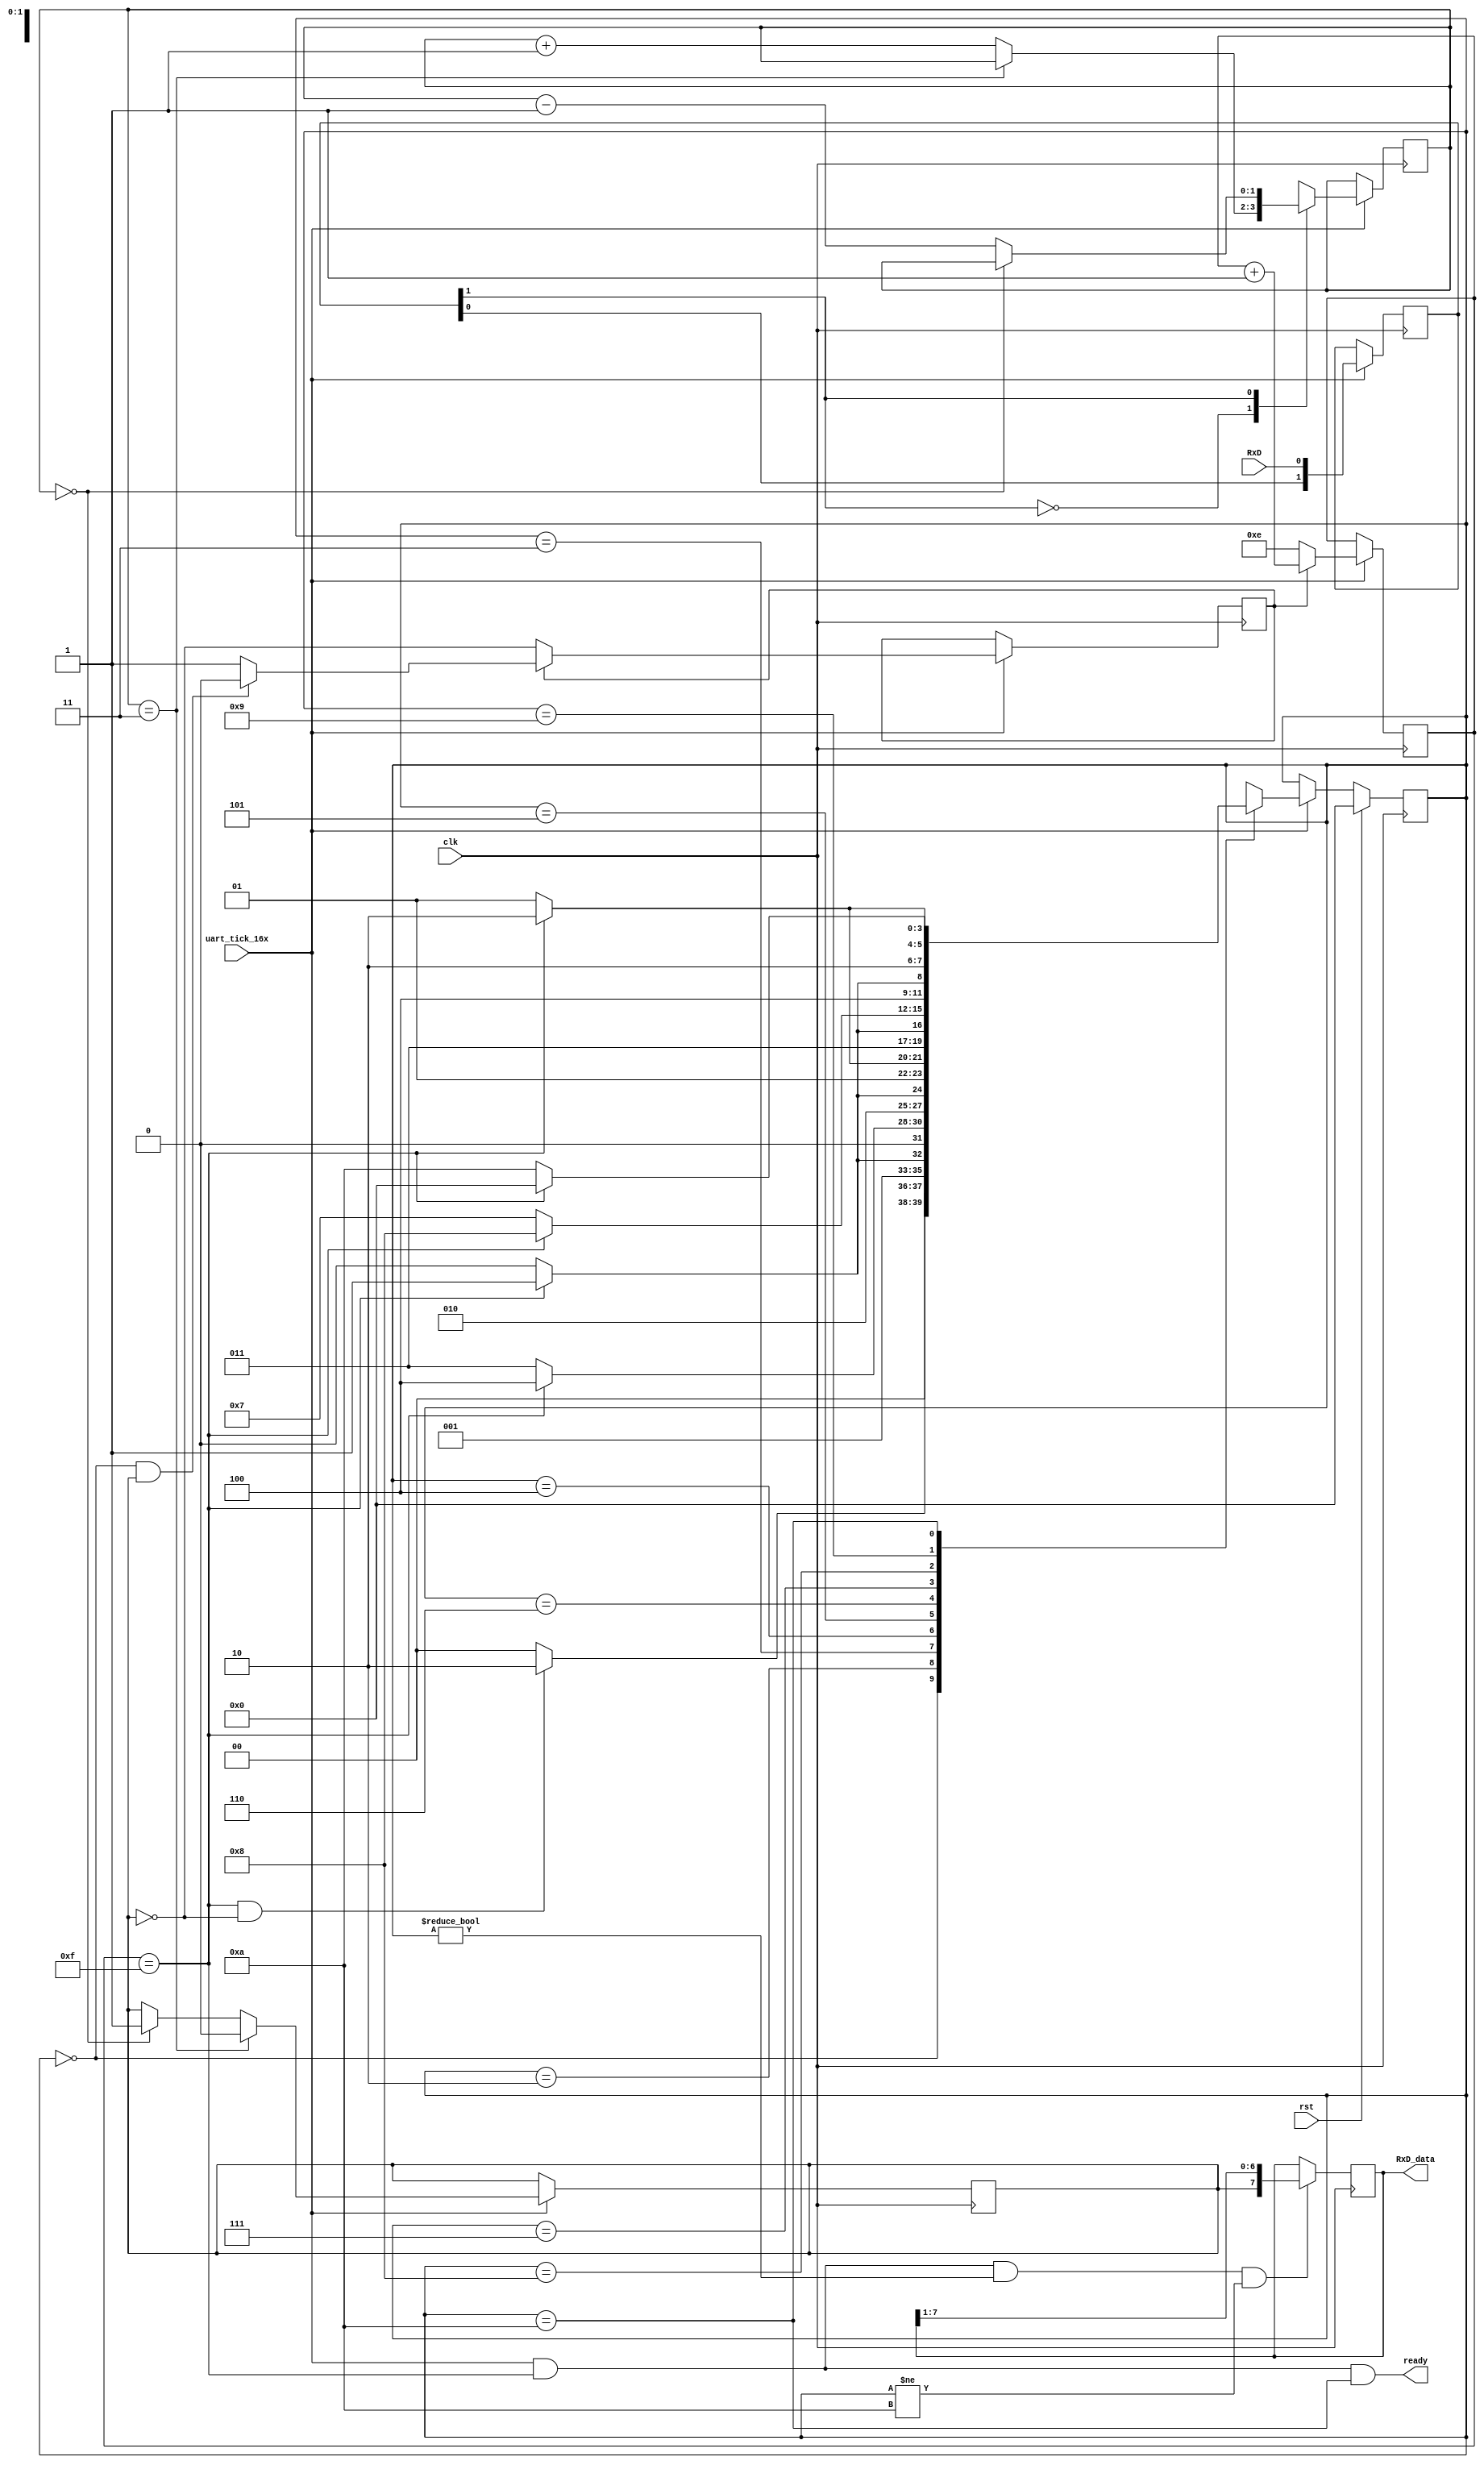
module uart_rx_10(
    input             clk,
    input             rst,
    input             RxD,              
    input             uart_tick_16x,    
    output reg [7:0]  RxD_data = 0,     
    output            ready             
    );
    localparam [3:0] IDLE=0;        
    localparam [3:0] START=1;       
    localparam [3:0] BIT_0=2;       
    localparam [3:0] BIT_1=3;       
    localparam [3:0] BIT_2=4;       
    localparam [3:0] BIT_3=5;       
    localparam [3:0] BIT_4=6;       
    localparam [3:0] BIT_5=7;       
    localparam [3:0] BIT_6=8;       
    localparam [3:0] BIT_7=9;       
    localparam [3:0] STOP=10;       
    reg [3:0] state       = IDLE;
    reg       clk_lock    = 0;
    reg [3:0] bit_spacing = 4'b1110;   
    wire capture;
    wire next_bit;
    assign capture  = (uart_tick_16x & next_bit & (state!=IDLE) & (state!=STOP));
    assign next_bit = (bit_spacing == 4'b1111);
    reg [1:0] RxD_sync = 2'b11; 
    always @(posedge clk) begin
        RxD_sync <= (uart_tick_16x) ? {RxD_sync[0], RxD} : RxD_sync;
    end
    reg [1:0] RxD_cnt = 0;
    reg RxD_bit       = 1; 
    always @(posedge clk) begin
        if (uart_tick_16x) begin
            case (RxD_sync[1])
                0:  RxD_cnt <= (RxD_cnt == 2'b11) ? RxD_cnt : RxD_cnt + 2'b1;
                1:  RxD_cnt <= (RxD_cnt == 2'b00) ? RxD_cnt : RxD_cnt - 2'b1;
            endcase
            RxD_bit <= (RxD_cnt == 2'b11) ? 1'b0 : ((RxD_cnt == 2'b00) ? 1'b1 : RxD_bit);
        end
        else begin
            RxD_cnt <= RxD_cnt;
            RxD_bit <= RxD_bit;
        end
    end
    always @(posedge clk) begin
       if (uart_tick_16x) begin
            if (~clk_lock)
                clk_lock <= ~RxD_bit; 
            else
                clk_lock <= ((state == IDLE) && (RxD_bit == 1'b1)) ? 1'b0 : clk_lock;
            bit_spacing <= (clk_lock) ? bit_spacing + 4'b1 : 4'b1110;
       end
       else begin
            clk_lock    <= clk_lock;
            bit_spacing <= bit_spacing;
       end
    end
    always @(posedge clk) begin
        if (rst)
            state <= IDLE;
        else if (uart_tick_16x) begin
            case (state)
                IDLE:   state <= (next_bit & (RxD_bit == 1'b0)) ? BIT_0 : IDLE;  
                BIT_0:  state <= (next_bit) ? BIT_1 : BIT_0;
                BIT_1:  state <= (next_bit) ? BIT_2 : BIT_1;
                BIT_2:  state <= (next_bit) ? BIT_3 : BIT_2;
                BIT_3:  state <= (next_bit) ? BIT_4 : BIT_3;
                BIT_4:  state <= (next_bit) ? BIT_5 : BIT_4;
                BIT_5:  state <= (next_bit) ? BIT_6 : BIT_5;
                BIT_6:  state <= (next_bit) ? BIT_7 : BIT_6;
                BIT_7:  state <= (next_bit) ? STOP  : BIT_7;
                STOP:   state <= (next_bit) ? IDLE  : STOP;
                default: state <= 4'bxxxx;
            endcase
        end
        else state <= state;
    end
    always @(posedge clk) begin
        RxD_data <= (capture) ? {RxD_bit, RxD_data[7:1]} : RxD_data[7:0];
    end
    assign ready = (uart_tick_16x & next_bit & (state==STOP));
endmodule